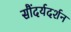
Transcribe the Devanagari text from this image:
सौंदर्यदर्शन